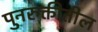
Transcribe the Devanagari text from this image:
पुनरुक्तीतील